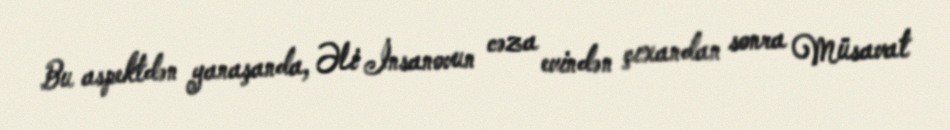
Bu aspektdən yanaşanda, Əli İnsanovun cəza evindən çıxandan sonra Müsavat